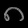
Digit: ၈